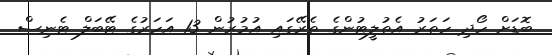
ބޮޑަށް ހޯދި ހަތަރު އެތުލީޓުންގެ ތެރޭގައި އުމުރުން 13 އަހަރުގެ ޓޭބަލް ޓެނިސް